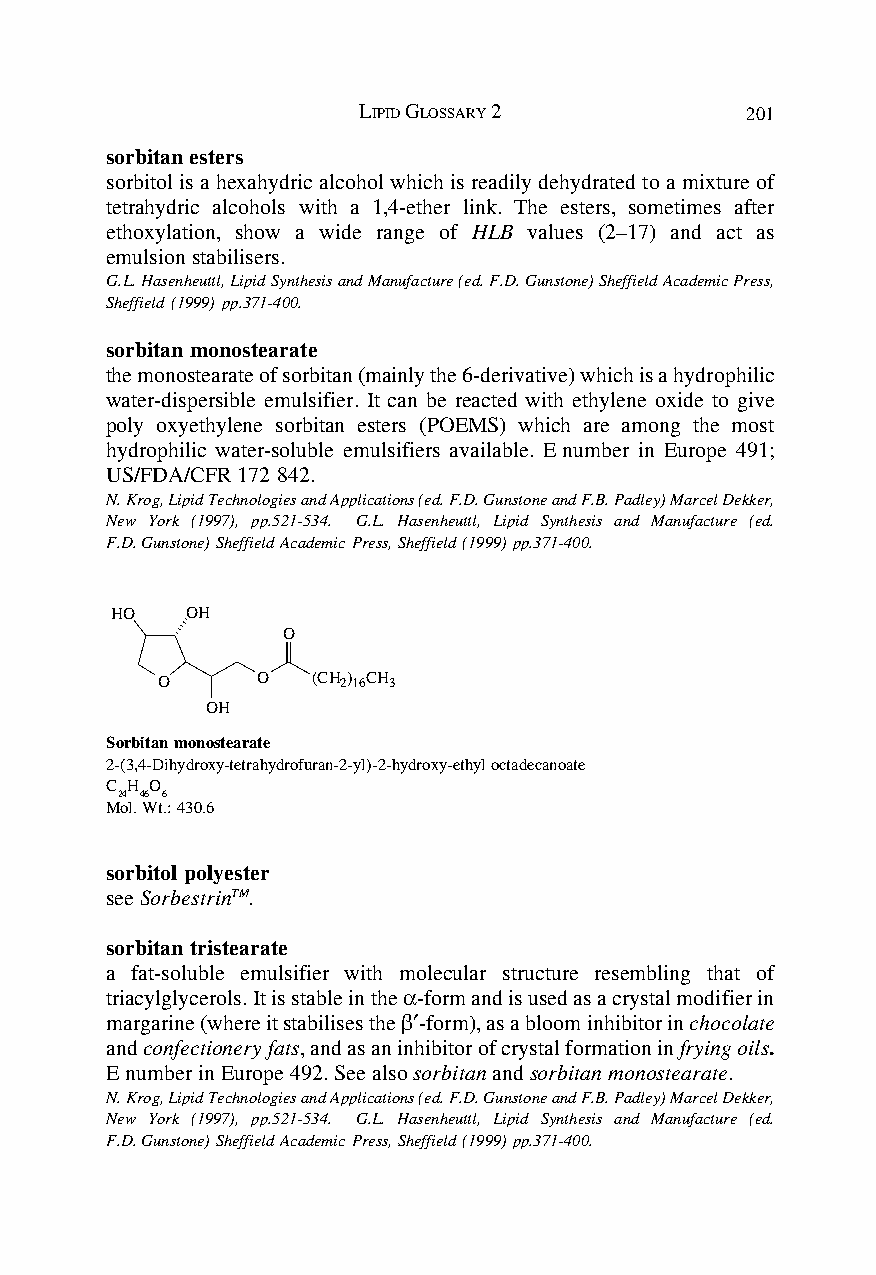
LIPID GLOSSARY 2         201
 sorbitan esters
 sorbitol is a hexahydric alcohol which is readily dehydrated to a mixture of
 tetrahydric alcohols with a 1,4-ether link. The esters, sometimes after
 ethoxylation, show a wide range of HLB values (2–17) and act as
 emulsion stabilisers.
 G.L. Hasenheuttl, Lipid Synthesis and Manufacture (ed. F.D. Gunstone) Sheffield Academic Press,
 Sheffield (1999) pp.371-400.
 sorbitan monostearate
 the monostearate of sorbitan (mainly the 6-derivative) which is a hydrophilic
 water-dispersible emulsifier. It can be reacted with ethylene oxide to give
 poly oxyethylene sorbitan esters (POEMS) which are among the most
 hydrophilic water-soluble emulsifiers available. E number in Europe 491;
 US/FDA/CFR 172 842.
 N. Krog, Lipid Technologies and Applications (ed. F.D. Gunstone and F.B. Padley) Marcel Dekker,
 New York (1997), pp.521-534. G.L. Hasenheuttl, Lipid Synthesis and Manufacture (ed.
 F.D. Gunstone) Sheffield Academic Press, Sheffield (1999) pp.371-400.
 HO   OH
 O
 O      O   (CH 2) 16CH 3
 OH
 Sorbitan monostearate
 2-(3,4-Dihydroxy-tetrahydrofuran-2-yl)-2-hydroxy-ethyl octadecanoate
 C H O
 24 46 6
 Mol. Wt.: 430.6
 sorbitol polyester
 see SorbestrinTM.
 sorbitan tristearate
 a fat-soluble emulsifier with molecular structure resembling that of
 triacylglycerols. It is stable in the α-form and is used as a crystal modifier in
 margarine (where it stabilises the β′-form), as a bloom inhibitor in chocolate
 and confectionery fats, and as an inhibitor of crystal formation in frying oils.
 E number in Europe 492. See also sorbitan and sorbitan monostearate.
 N. Krog, Lipid Technologies and Applications (ed. F.D. Gunstone and F.B. Padley) Marcel Dekker,
 New York (1997), pp.521-534. G.L. Hasenheuttl, Lipid Synthesis and Manufacture (ed.
 F.D. Gunstone) Sheffield Academic Press, Sheffield (1999) pp.371-400.